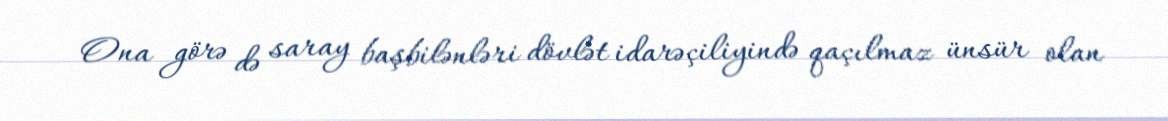
Ona görə də saray başbilənləri dövlət idarəçiliyində qaçılmaz ünsür olan